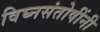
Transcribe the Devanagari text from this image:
विघ्नसंतोषींनी